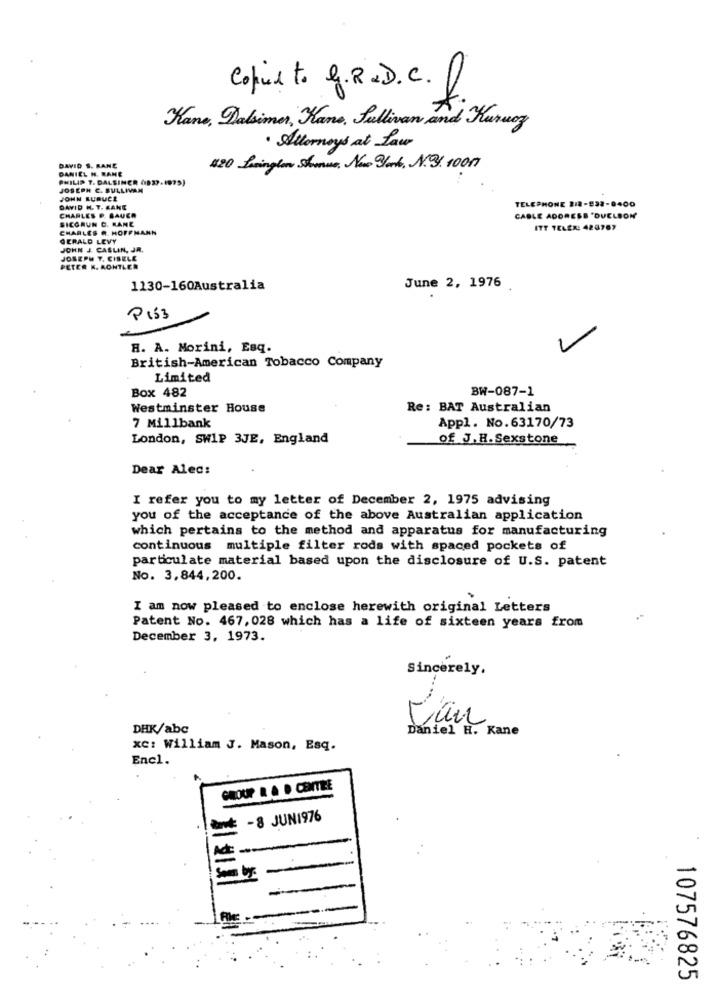
Copie t. g. R.D. C.
Kane, Dalsimer, Kano, Sullivan and Kuruey
. Attorneys at Law
DANIEL H. RANE
DAVID S. RANE
420 Lamington Stanse, New York, N.3. 1001
PHILIP T. DALSINCR (837.1975)
JOSEPH C. SULLIVAN
JOHN KUPUCE
TELEPHONE 212-832-8400
DAVID H. T. KANE
CHARLES P. BAUER
BICGRUN C. KANE
CABLE ADORESS "DUELSON
CHARLES R. HOFFMANN
ITT TELER: 420767
GERALD LEVY
JOHN J. CASLIN, JR.
JOSEPH T. CIBELE
PETER K. AONTLER
1130-160Australia
June 2, 1976
P153
H. A. Morini, Esq.
British-American Tobacco Company
Limited
Box 482
BW-087-1
Westminster House
Re: BAT Australian
7 Millbank
Appl. No.63170/73
London, SWIP 3JE, England
of J. H. Sexstone
Dear Alec:
I refer you to my letter of December 2, 1975 advising
you of the acceptance of the above Australian application
which pertains to the method and apparatus for manufacturing
continuous multiple filter rods with spaced pockets of
particulate material based upon the disclosure of U.S. patent
No. 3,844,200.
I am now pleased to enclose herewith original Letters
Patent No. 467, 028 which has a life of sixteen years from
December 3, 1973.
Sincerely.
DHK/abc
Daniel H. Kane
xc: William J. Mason, Esq.
Encl.
CHLOUP R & D CENTIRE
BE -8 JUNI976
Som by.
107576825